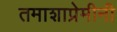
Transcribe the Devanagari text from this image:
तमाशाप्रेमीनी